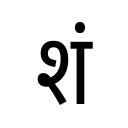
OCR:
शं